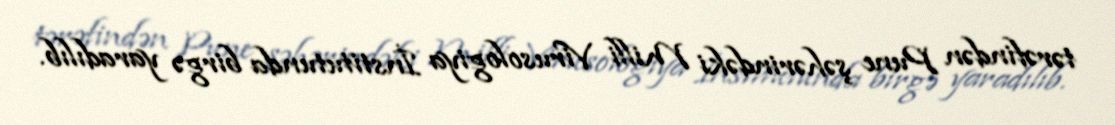
tərəfindən Pune şəhərindəki Milli Virusologiya İnstitutunda birgə yaradılıb.